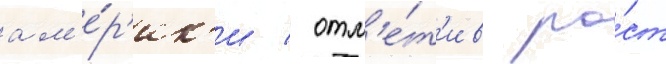
ам'е́р'ик'и / отм'е́т'ив ро́ст